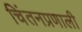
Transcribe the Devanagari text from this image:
चिंतनप्रणाली